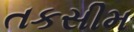
તકસીમ